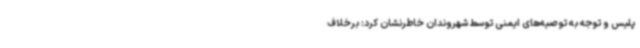
پلیس و توجه به توصیه‌های ایمنی توسط شهروندان خاطرنشان کرد: برخلاف